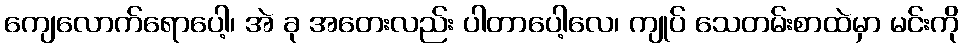
ကျေလောက်ရောပေါ့၊ အဲ ခု အတေးလည်း ပါတာပေါ့လေ၊ ကျုပ် သေတမ်းစာထဲမှာ မင်းကို